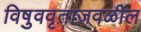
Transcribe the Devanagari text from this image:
विषुववृताजवळील